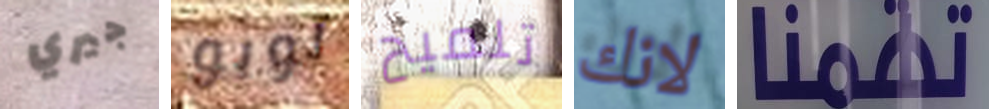
جيري لوبو تلميح لانك تهمنا